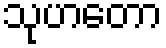
သုဟတော